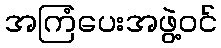
အကြံပေးအဖွဲ့ဝင်